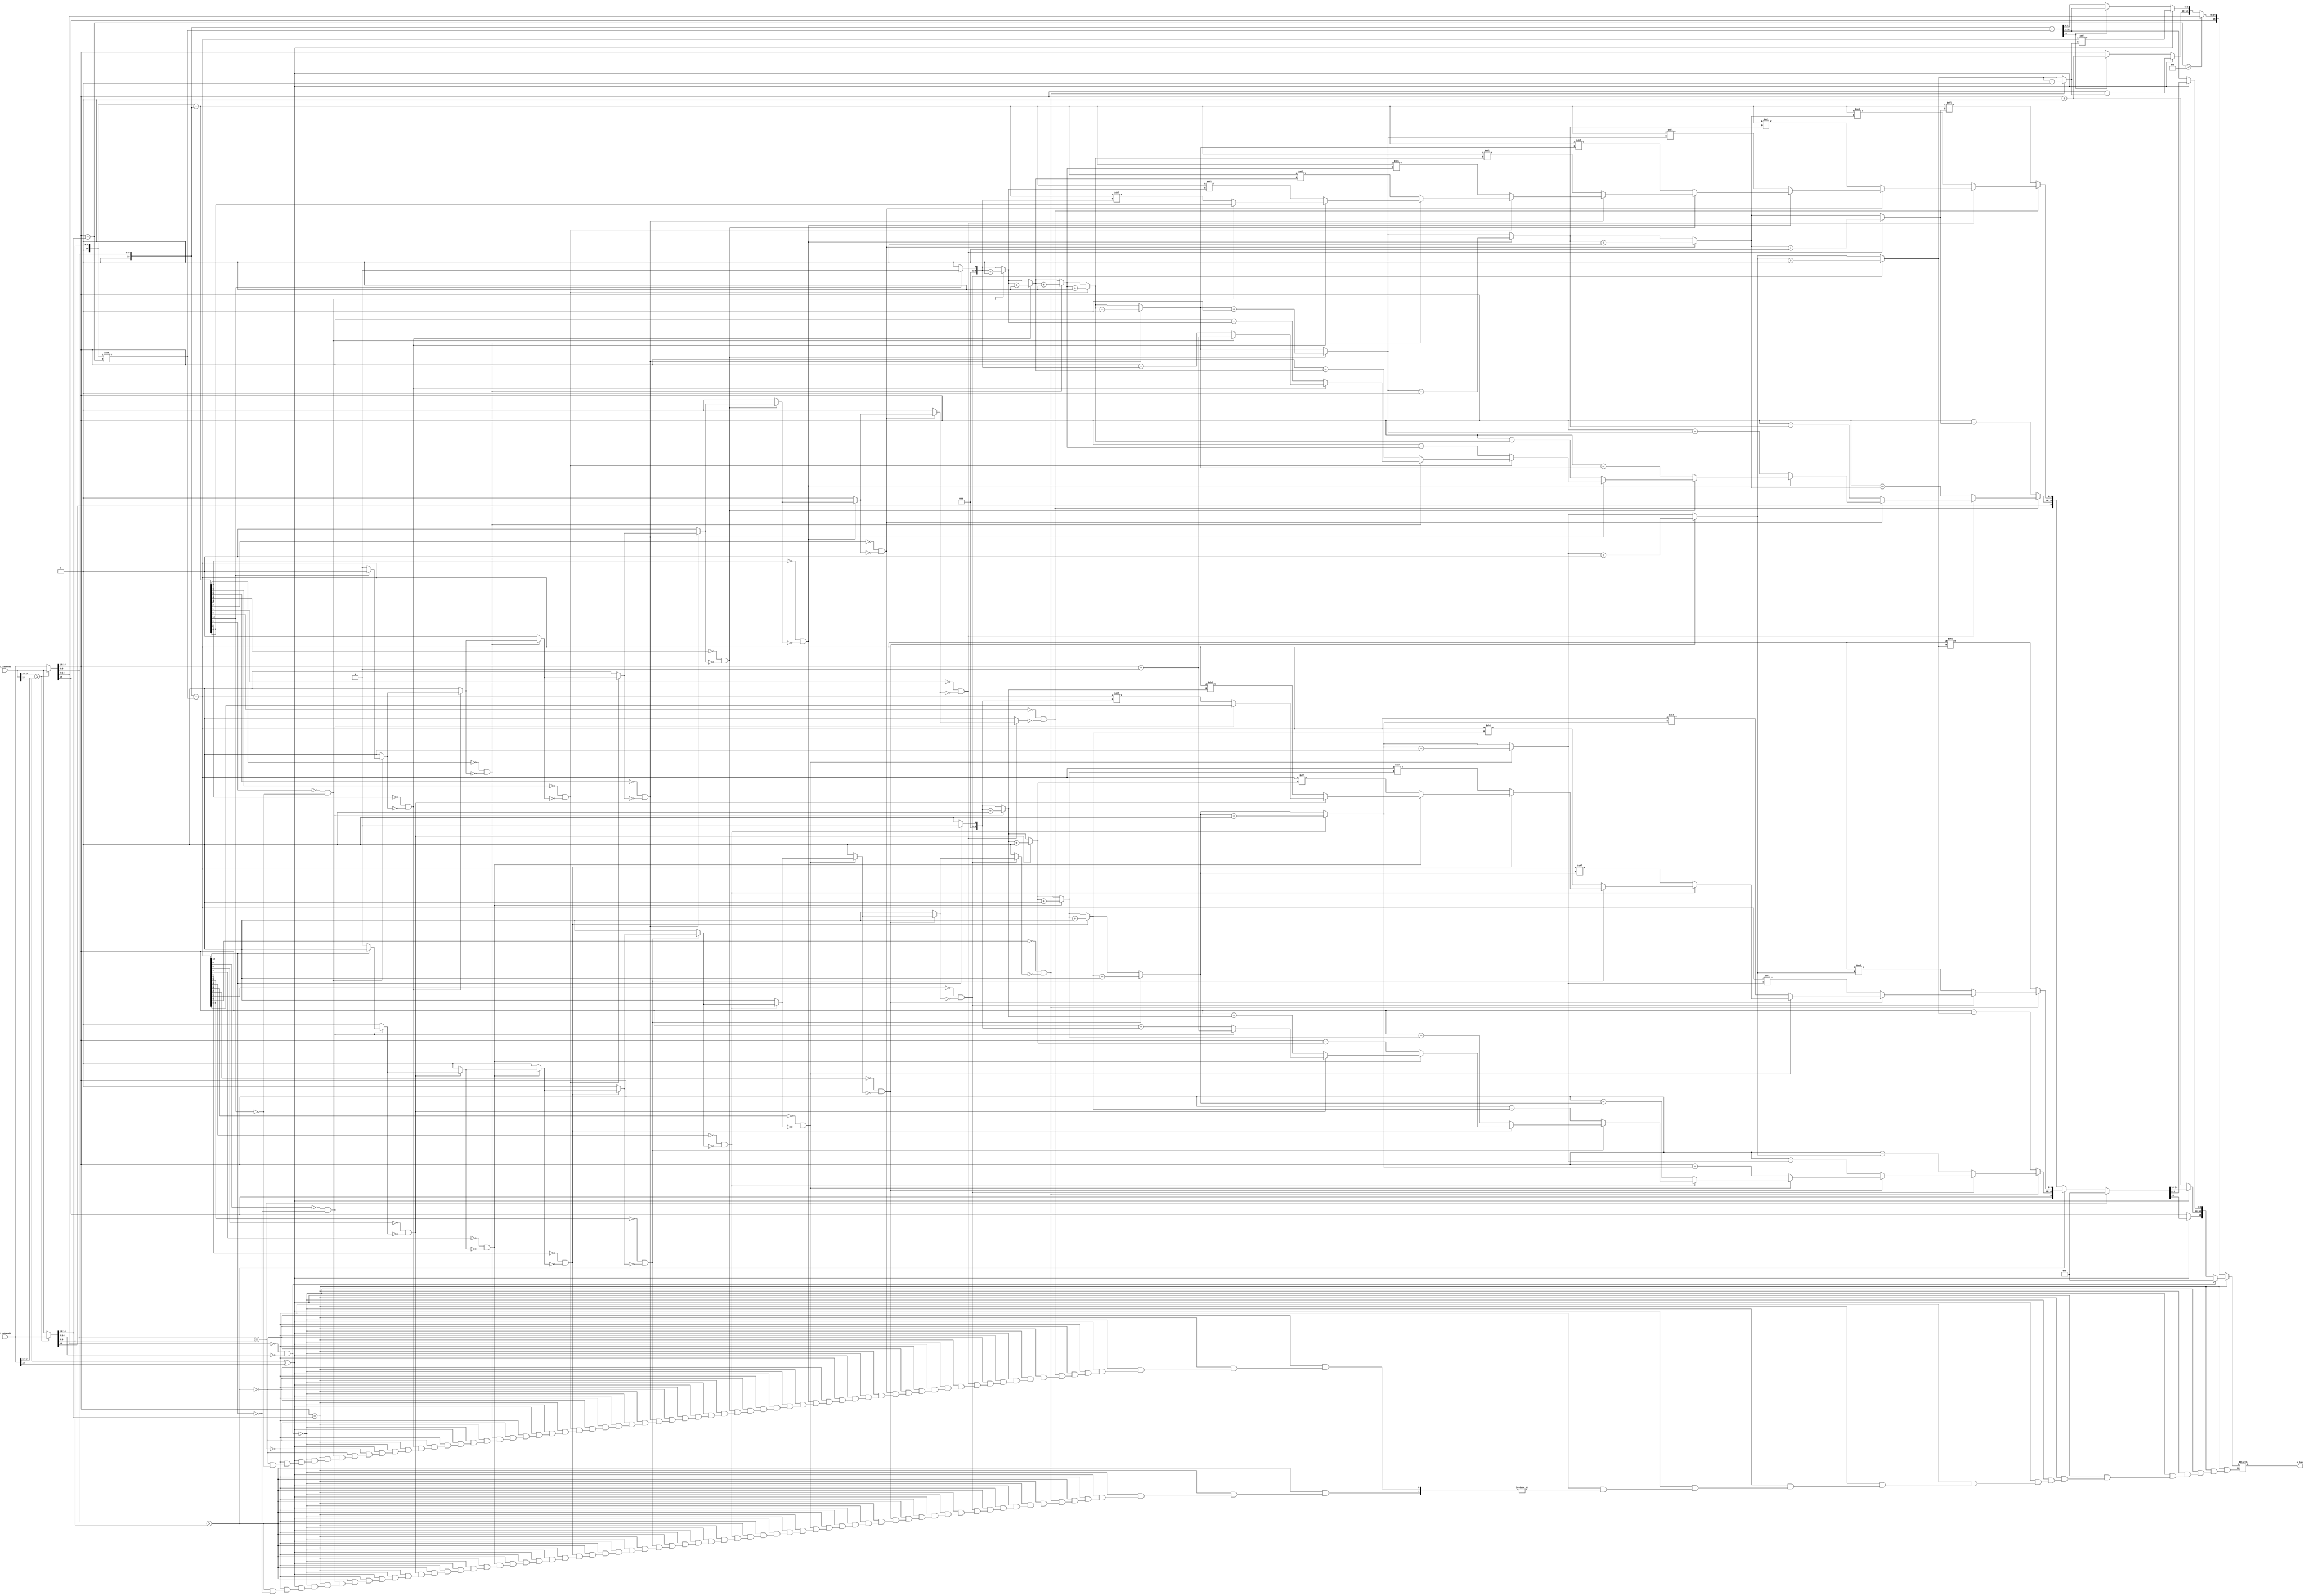
module adderhalfprecision(
output reg [15:0]  	o_Sum,		// Output of the sum.
input wire [15:0]   i_Addend1,	//Input Addend 1.
input wire [15:0]   i_Addend2	//Input Addend 2.
);
/*	initial 
	begin
		$dumpfile ("signals_adder.vcd");
		$dumpvars;
	end
*/
//Internal Variables
reg[15:0] r_higher_addend	;
reg[15:0] r_lower_addend	;
reg		  r_one_found	;
reg[3:0] counter_shift_mantissa	;
wire[4:0] w_sub_exps	;
wire[10:0] w_mantisa_shifted	;
wire w_XOR_Sign	;
wire[10:0] w_sub_result_mantisa	;
wire[10:0] w_sub_result_mantisa_l_h;
wire[11:0] w_add_result_mantisa	;
reg[3:0] i	;

//Assignments:
assign w_sub_exps[4:0] = r_higher_addend[14:10] - r_lower_addend[14:10];
assign w_mantisa_shifted[10:0] =  {1'b1,r_lower_addend[9:0]} >> w_sub_exps[4:0];
assign w_XOR_Sign = i_Addend1[15] ^ i_Addend2[15];
assign w_sub_result_mantisa[10:0] = {1'b1,r_higher_addend[9:0]} - w_mantisa_shifted[10:0];
assign w_sub_result_mantisa_l_h[10:0] = {1'b1,r_lower_addend[9:0]} - {1'b1,r_higher_addend[9:0]};
assign w_add_result_mantisa[11:0] = {1'b1,r_higher_addend[9:0]} + w_mantisa_shifted[10:0];

//Code Starts Here
	always @(*) begin
		if (i_Addend1[14:10] >= i_Addend2[14:10]) begin//Choose the higher exponent of the addend.
			r_higher_addend[15:0] = i_Addend1[15:0];
			r_lower_addend[15:0]  = i_Addend2[15:0];
		end
		else begin
			r_higher_addend[15:0] = i_Addend2[15:0];
			r_lower_addend[15:0]  = i_Addend1[15:0];
		end
//-
		if(r_higher_addend[14:10] == r_lower_addend[14:10]) begin //Equal exponents.
			if(r_higher_addend[14:0]==0 && r_lower_addend[14:0]==0) //Special case: 0+0.
				o_Sum[15:0] = 16'd0;	
			else if(w_XOR_Sign) begin//Different sign
				if(r_higher_addend[9:0] == r_lower_addend[9:0]) //Equal mantissa.
					o_Sum[15:0] = 16'b0;
				else if(r_higher_addend[9:0] > r_lower_addend[9:0]) begin //Normalizing the mantissa and update the exponent.
					r_one_found = 1'b0;
					counter_shift_mantissa[3:0] = 4'd0;
					for(i=11; i >= 1; i=i-1 ) begin 
						if(w_sub_result_mantisa[i-1] == 0 && r_one_found == 1'b0)
							counter_shift_mantissa[3:0] = counter_shift_mantissa[3:0] + 4'b0001;
						else begin
							r_one_found = 1'b1;
							o_Sum[15] = r_higher_addend[15];
							o_Sum[14:10] = r_higher_addend[14:10] - {1'b0,counter_shift_mantissa[3:0]};
							o_Sum[9:0] = w_sub_result_mantisa[10:0] << counter_shift_mantissa[3:0];
						end
					end
				end
				else begin //Normalizing the mantissa and update the exponent.
					r_one_found = 1'b0;
					counter_shift_mantissa[3:0] = 4'd0;
					for(i=11; i >= 1; i=i-1 ) begin
						if(w_sub_result_mantisa_l_h[i-1] == 0 && r_one_found == 1'b0)
							counter_shift_mantissa[3:0] = counter_shift_mantissa[3:0] + 4'b0001;
						else begin
							r_one_found = 1'b1;
							o_Sum[15] = r_lower_addend[15];
							o_Sum[14:10] = r_higher_addend[14:10] - {1'b0,counter_shift_mantissa[3:0]};
							o_Sum[9:0] = w_sub_result_mantisa_l_h[10:0] << counter_shift_mantissa[3:0];
						end
					end
				end
			end
			else begin //Not necessary shift mantissa
				o_Sum[15] = r_higher_addend[15];
				o_Sum[14:10] = r_higher_addend[14:10]+1'b1;
				o_Sum[9:0] = w_add_result_mantisa[11:1];
			end
		end
		else if (r_higher_addend[14:10] - r_lower_addend[14:10] > 5'd10) //Underflow
			o_Sum[15:0] = r_higher_addend[15:0];
		else begin //General case
			o_Sum[15] = r_higher_addend[15];			
				if(w_XOR_Sign) begin
					r_one_found = 1'b0;
					counter_shift_mantissa[3:0] = 4'd0;
					for(i=11; i >= 1; i=i-1 ) //Normalizing the mantissa and update the exponent.
							begin
							if(w_sub_result_mantisa[i-1] == 0 && r_one_found == 1'b0) 
								counter_shift_mantissa[3:0] = counter_shift_mantissa[3:0] + 4'b0001;
							else
							r_one_found = 1'b1;
							end
					o_Sum[14:10] = r_higher_addend[14:10] - {1'b0,counter_shift_mantissa[3:0]};
					o_Sum[9:0] = w_sub_result_mantisa[10:0] << counter_shift_mantissa[3:0];
					end
				else //equal sign
					begin
						if(w_add_result_mantisa[11] == 1'b1)
							begin
								o_Sum[14:10] =  r_higher_addend[14:10]+5'b00001;
								o_Sum[9:0] = w_add_result_mantisa[10:1];
							end
						else
							begin
								o_Sum[14:10] =  r_higher_addend[14:10];
								o_Sum[9:0] = w_add_result_mantisa[9:0];
							end
					end
			end			
		end
endmodule